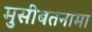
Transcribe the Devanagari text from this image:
मुसीबतनामा